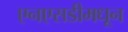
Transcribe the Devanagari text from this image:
एनएसडीमधून